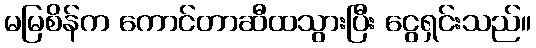
မမြစိန်က ကောင်တာဆီထသွားပြီး ငွေရှင်းသည်။